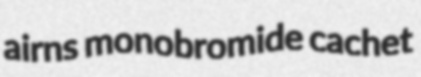
airns monobromide cachet